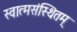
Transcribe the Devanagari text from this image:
स्वात्मसंस्थितम्